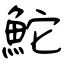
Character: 鮀